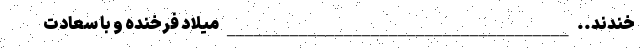
خندند.. ______________________________________ میلاد فرخنده و با سعادت